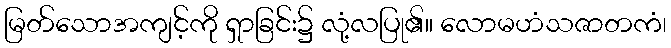
မြတ်သောအကျင့်ကို ရှာခြင်း၌ လုံ့လပြု၏။ လောမဟံသဇာတကံ၊